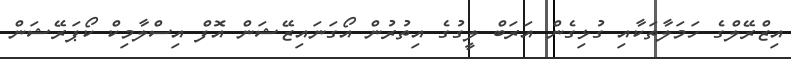
އިޒްރޭލްގެ ހަމަލާތަކާއި ގުޅިގެން އަރަބް ލީގުގެ އިތުރުން އޯގަނައިޒޭޝަން އޮފް އިސްލާމިކް ކޯޕަރޭޝަން